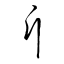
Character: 斤